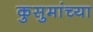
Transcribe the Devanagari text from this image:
कुसुमांच्या